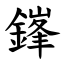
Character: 鎽